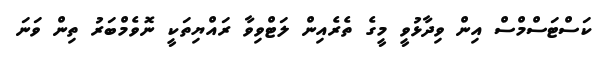
ކަސްޓަސްމްސް އިން ވިދާޅުވީ މީގެ ތެރެއިން ލަޓްވިވާ ރައްޔިތަކީ ނޮވެމްބަރު ތިން ވަނަ